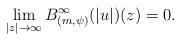
LaTeX: \begin{align*} \lim_{|z|\to \infty} B^\infty_{(m,\psi)}(|u|)(z)= 0.\end{align*}